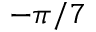
- \pi / 7